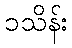
၁သိန်း